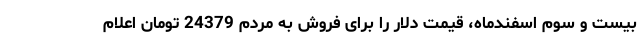
بیست و سوم اسفندماه، قیمت دلار را برای فروش به مردم 24379 تومان اعلام